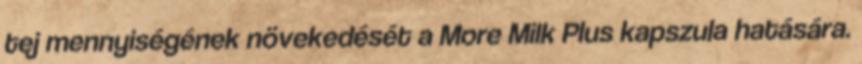
tej mennyiségének növekedését a More Milk Plus kapszula hatására.